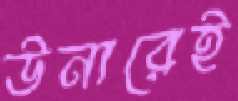
উনারেই